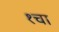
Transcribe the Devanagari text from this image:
१चा